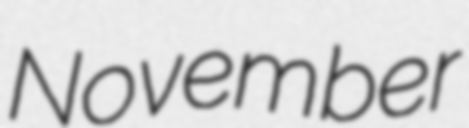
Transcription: November